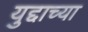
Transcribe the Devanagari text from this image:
युद्दाच्या